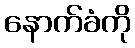
နောက်ခံကို